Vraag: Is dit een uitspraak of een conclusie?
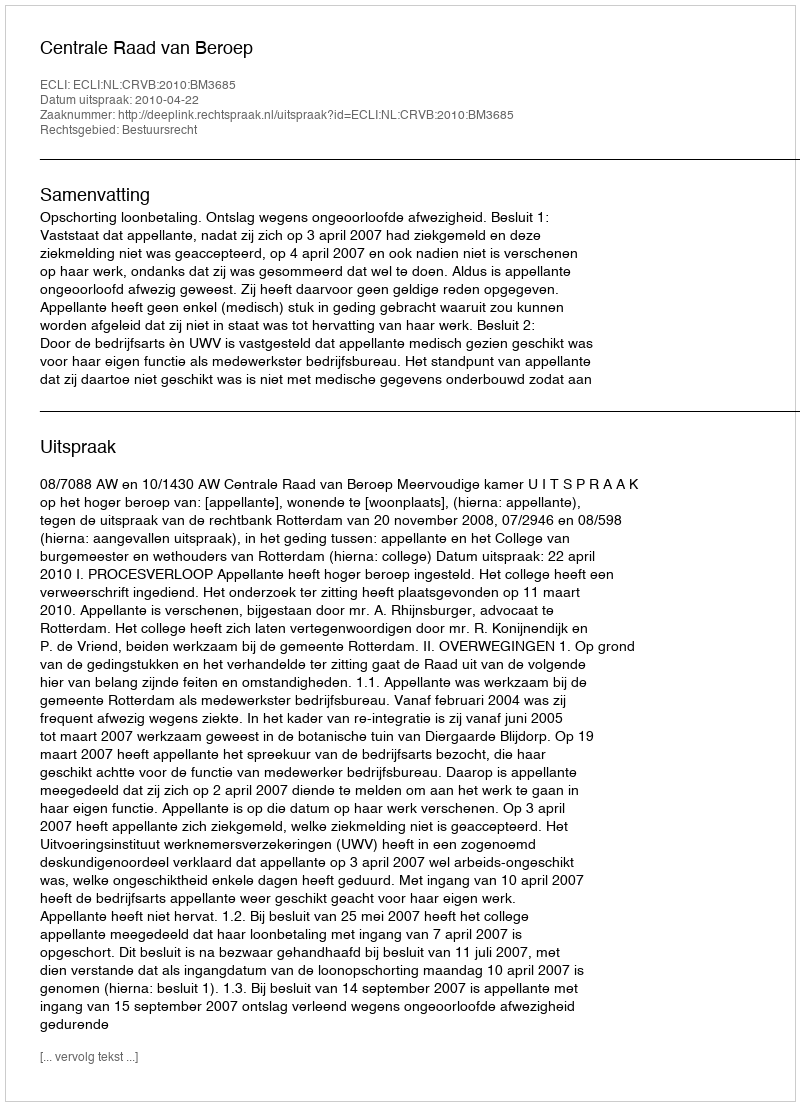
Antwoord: Uitspraak